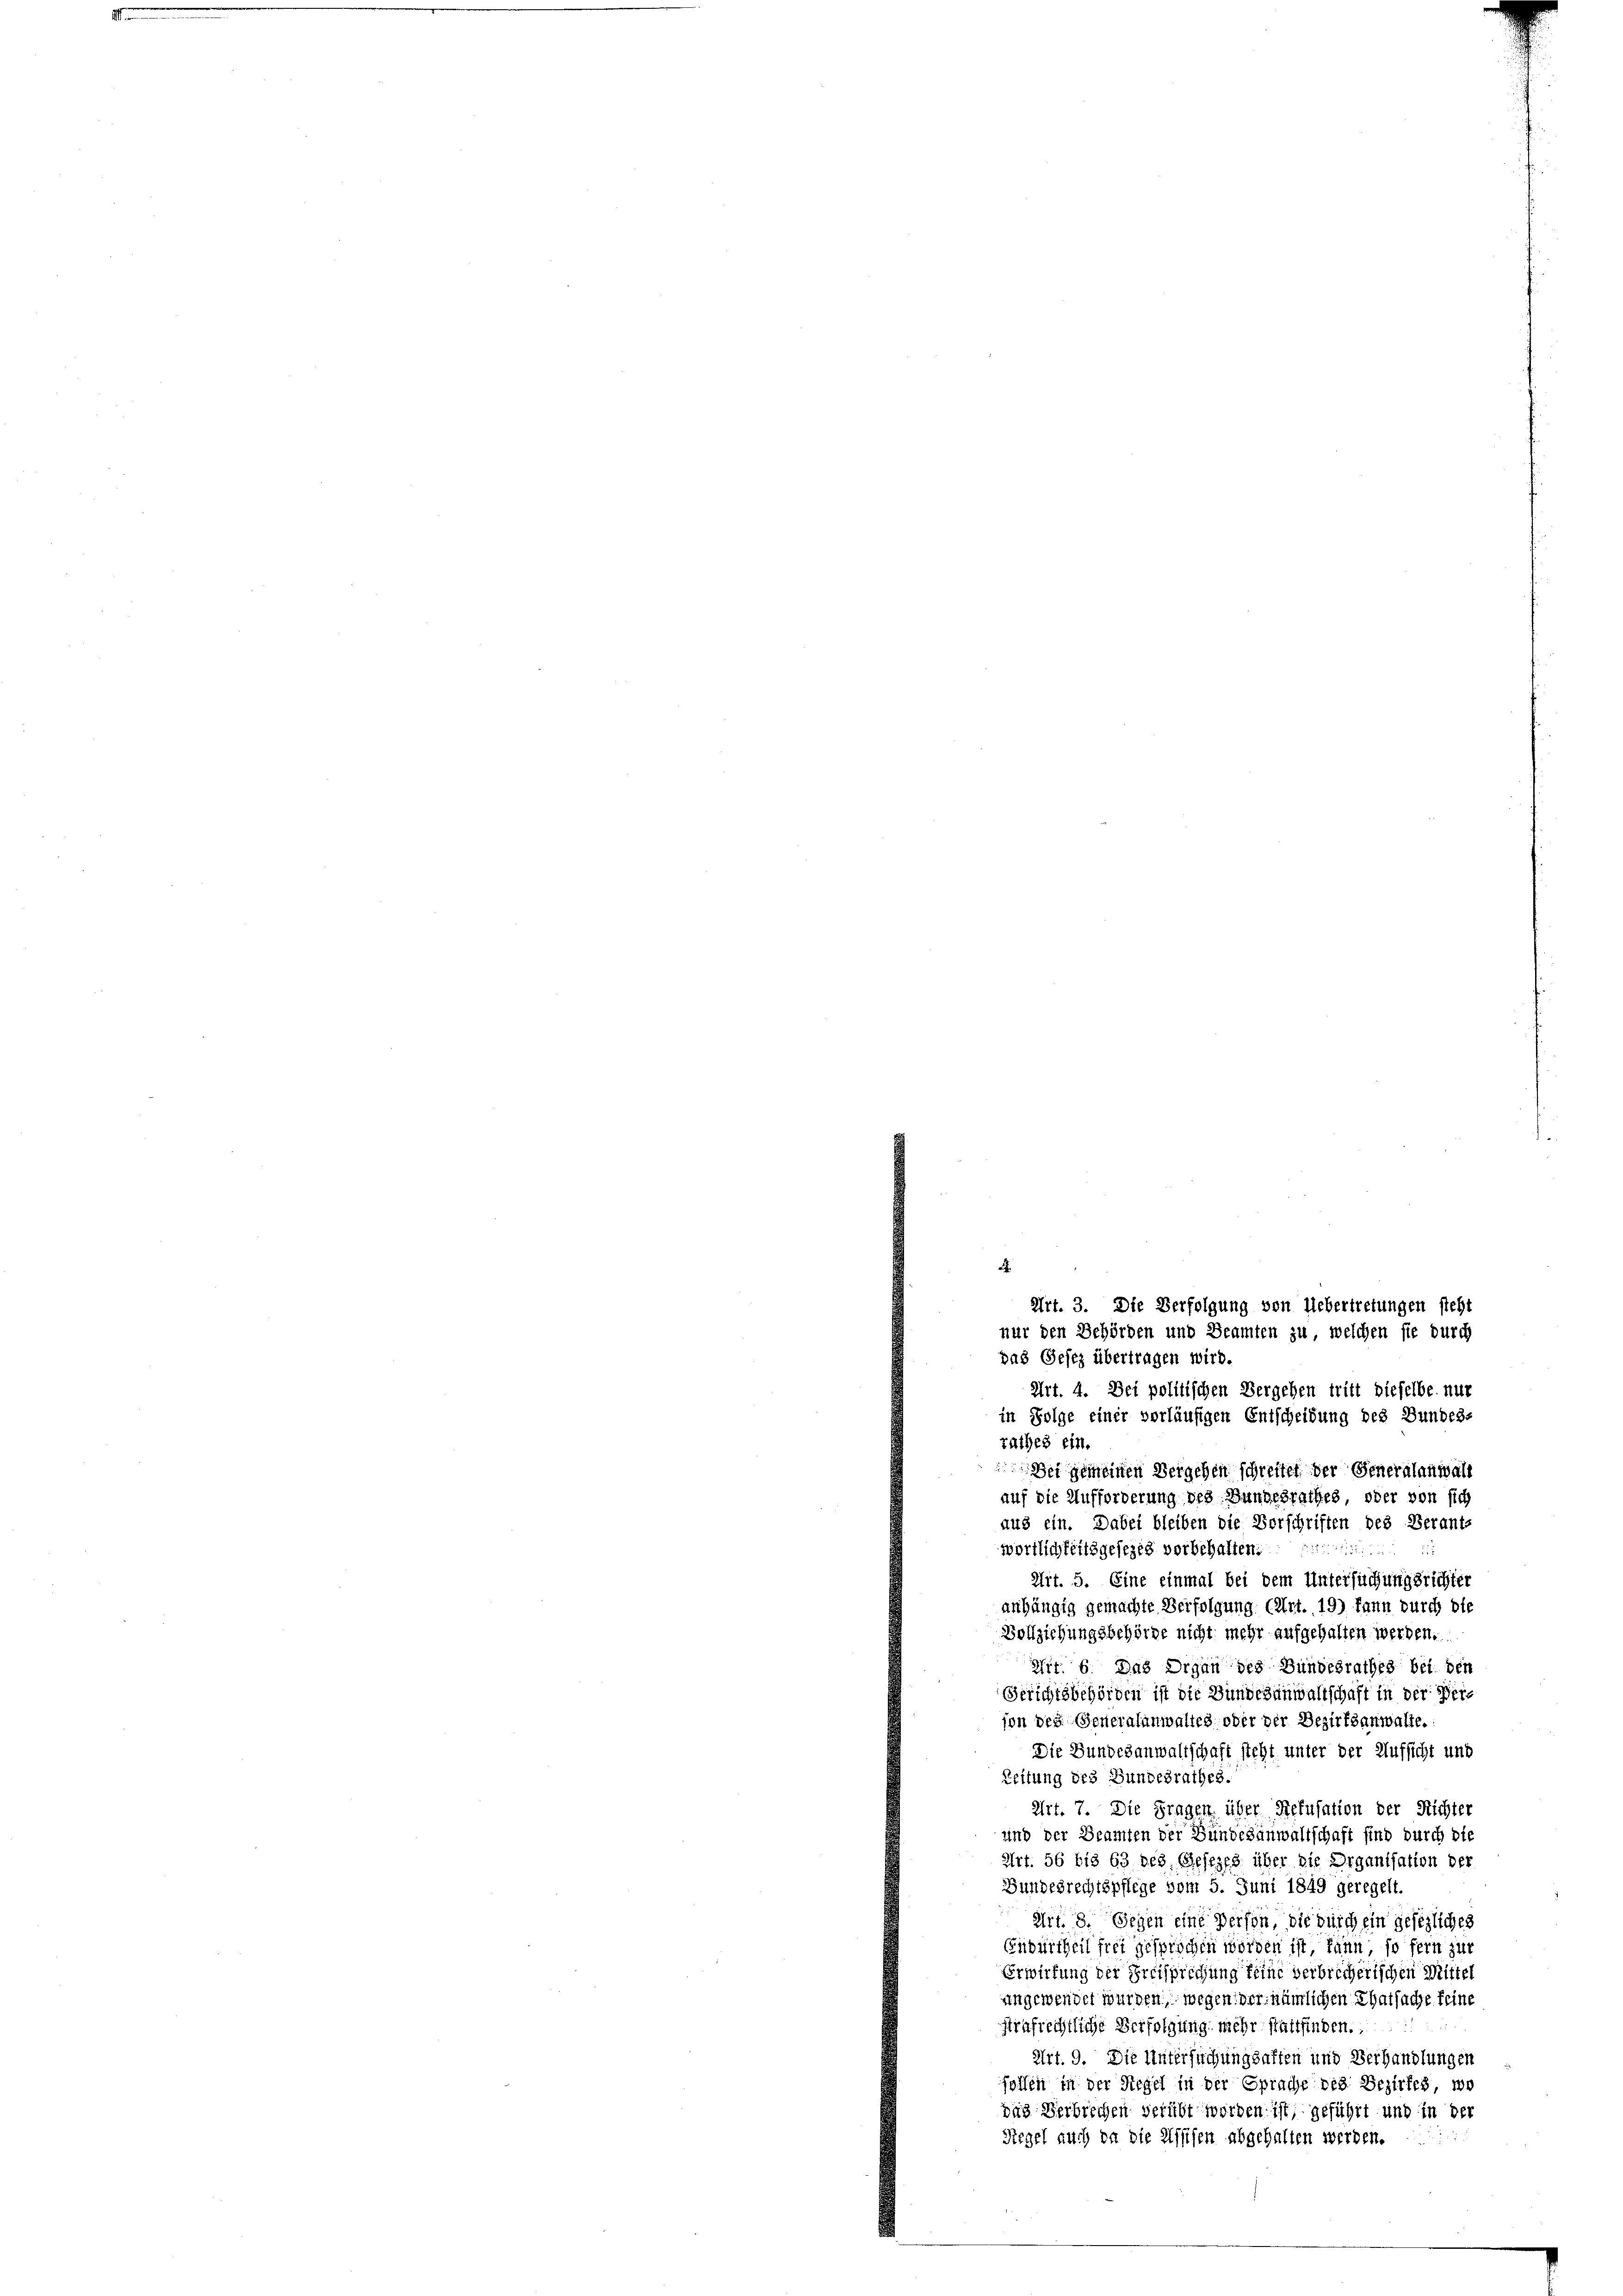
Art. 4. Dei politischen Vergehen tritt dieselbe nur
rathes ein.
 Sei gemeinen Vergehen schreitet der Generalanwalt
auf die Aufforderung des Bundesrathes, oder von sich
aus ein. Dabei bleiben die Vorschriften des Verant-
wörtlichkeitsgesezes vorbehalten.

Art. 5. Eine einmal bei dem Untersuchungsrichter
anhängig gemachte Verfolgung (Art. 19) dann durch die
Vollziehungsbehörde nicht mehr aufgehalten werden.
Art. 6. Das Organ des Bundesrathes bei den
Gerichtsbehörden ist die Bundesanwaltschaft in der Verson des Generalanwaltes oder der Bezirksanwalte.
Die Bundesanwaltschaft steht unter der Aufsicht und
Zeitung des Bundesrathes.
Art. 7. Die Fragen über Refusation der Richter
und der Beamten der Bundesanwaltschaft sind durch die
Art. 56 bis 63 des Gesezes über die Organisation der
Bundesrechtspflege vom 5. Juni 1849 geregelt.
Art. 8. Gegen eine Person, die durch ein gesezliches
Endurtheil frei gesprochen worden ist, kann, so fern zur
Erwirkung der Preisprechung keine verbrecherischen Mittel
angewendet wurden, wegen der nämlichen Thatsache feine
strafrechtliche Verfolgung mehr stattfinden.
Art. 9. Die Untersuchungsaften und Verhandlungen
sollen in der Regel in der Sprache des Bezirkes wo
das Verbrechen verübt worden ist, geführt und in der
Regel auch da die Wissen abgehalten werden.

A
Art. 3. Die Verfolgung von Uebertretungen steht
nur den Behörden und Beamten zu welchen sie durch
das Gesez übertragen wird.

in Folge einer vorläufigen Entscheidung des Bundes-